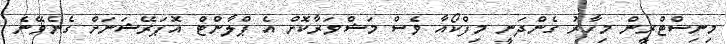
މިނިސްޓްރީން މިހާރު ގެންދަނީ މިފްކޯއާ ވެސް މަޝްވަރާކޮށް އެ ޕްލާންޓް އޮޕަރޭޝަނަށް ގެނެވޭނެ